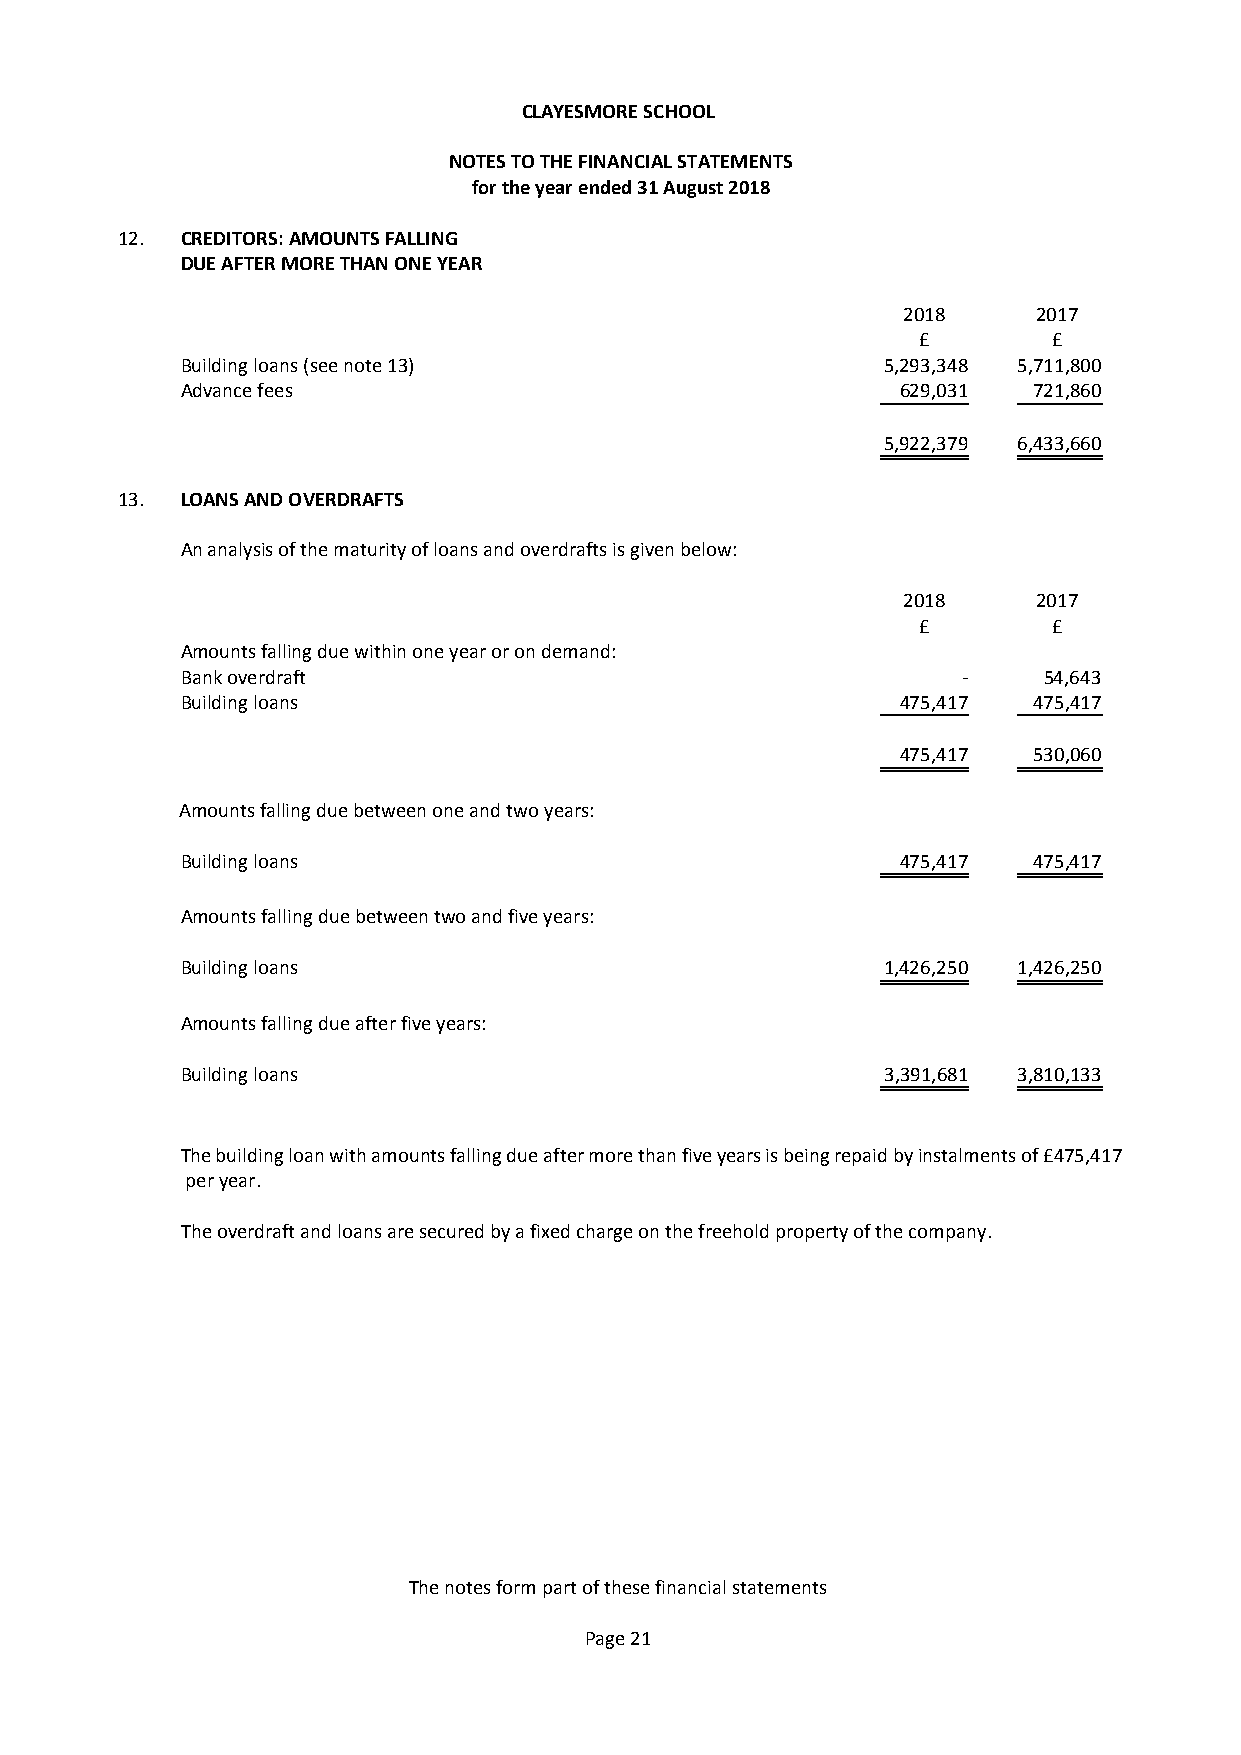
CLAYESMORE SCHOOL
 NOTES TO THE FINANCIAL STATEMENTS
 for the year ended 31 August 2018
 12. CREDITORS: AMOUNTS FALLING
 DUE AFTER MORE THAN ONE YEAR
 2018     2017
 £        £
 Building loans (see note 13)                   5,293,348 5,711,800
 Advance fees                                    629,031 721,860
 5,922,379 6,433,660
 13. LOANS AND OVERDRAFTS
 An analysis of the maturity of loans and overdrafts is given below:
 2018     2017
 £        £
 Amounts falling due within one year or on demand:
 Bank overdraft                                      -    54,643
 Building loans                                  475,417 475,417
 475,417 530,060
 Amounts falling due between one and two years:
 Building loans                                  475,417 475,417
 Amounts falling due between two and five years:
 Building loans                                 1,426,250 1,426,250
 Amounts falling due after five years:
 Building loans                                 3,391,681 3,810,133
 The building loan with amounts falling due after more than five years is being repaid by instalments of £475,417
 per year.
 The overdraft and loans are secured by a fixed charge on the freehold property of the company.
 The notes form part of these financial statements
 Page 21